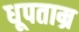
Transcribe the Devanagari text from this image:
धूपताम्र